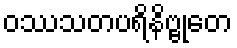
ဝဿသတပရိနိဗ္ဗုတေ